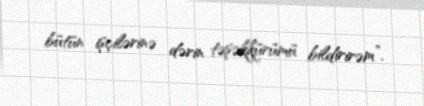
bütün işçilərinə dərin təşəkkürümü bildirirəm”.